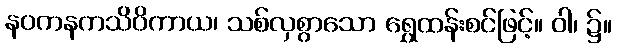
နဝကနကသိဝိကာယ၊ သစ်လှစွာသော ရွှေထန်းစင်ဖြင့်။ ဝါ၊ ၌။